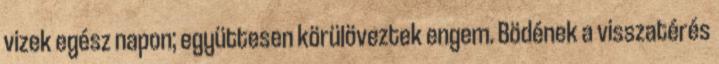
vizek egész napon; együttesen körülöveztek engem. Bödének a visszatérés